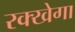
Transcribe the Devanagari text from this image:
रक्खेगा